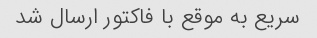
سریع به موقع با فاکتور ارسال شد